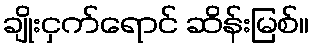
ချိုးငှက်ရောင် ဆိန်းမြစ်။